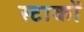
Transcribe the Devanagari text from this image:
स्टाकों